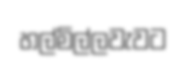
හල්මිල්ලවැවට